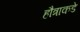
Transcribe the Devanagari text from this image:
हौत्राकडे